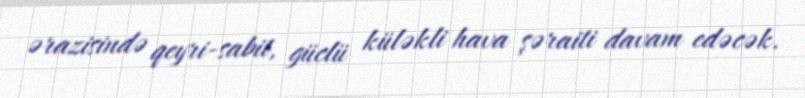
ərazisində qeyri-sabit, güclü küləkli hava şəraiti davam edəcək.